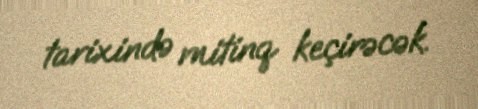
tarixində mitinq keçirəcək.